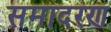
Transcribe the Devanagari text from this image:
समादरण